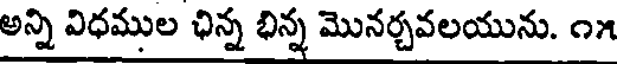
అన్ని విధముల ఛిన్న భిన్న మొనర్చవలయును. ౧౫